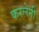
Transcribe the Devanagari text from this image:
करलेनी